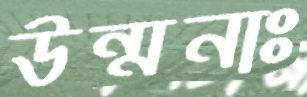
উন্মনাঃ